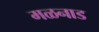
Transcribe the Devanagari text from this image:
मळनाड